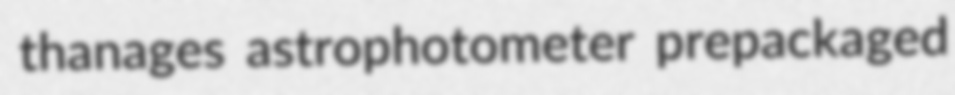
thanages astrophotometer prepackaged